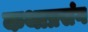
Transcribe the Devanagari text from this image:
कथाप्रसंग